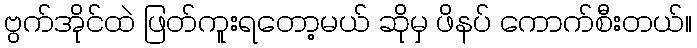
ဗွက်အိုင်ထဲ ဖြတ်ကူးရတော့မယ် ဆိုမှ ဖိနပ် ကောက်စီးတယ်။